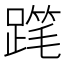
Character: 𲃾